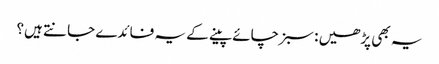
یہ بھی پڑھیں : سبز چائے پینے کے یہ فائدے جانتے ہیں؟